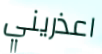
اعذريني